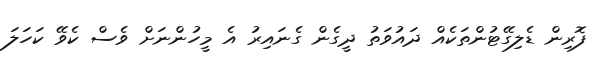
ފޮރިން ޑެލިގޭޓުންތަކެއް ދައުވަތު ދީގެން ގެނައިރު އެ މީހުންނަށް ވެސް ކެވޭ ކަހަލަ